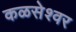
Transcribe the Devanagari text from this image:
कळसेश्वर